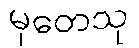
မုတေသု